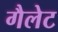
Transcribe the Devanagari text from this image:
गैलेट